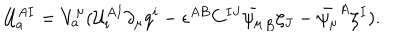
{ \cal U } _ { a } ^ { A I } = V _ { a } ^ { \mu } ( { \cal U } _ { i } ^ { A I } \partial _ { \mu } q ^ { i } - \epsilon ^ { A B } C ^ { I J } \bar { \psi _ { \mu } } _ { B } \zeta _ { J } - \bar { \psi _ { \mu } } ^ { A } \zeta ^ { I } ) .